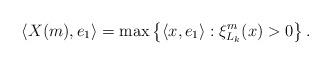
LaTeX: \begin{align*}\langle X(m), e_{1} \rangle = \max\left\{\langle x, e_{1} \rangle: \xi_{L_{k}}^{m}(x)>0 \right\}.\end{align*}